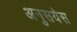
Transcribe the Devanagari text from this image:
अनुसयेस